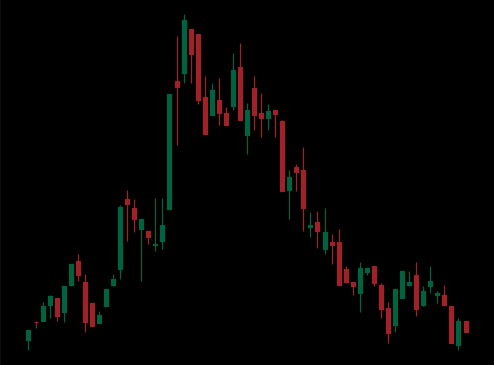
Pattern: head_shoulders